Annual administration and progress report of the Indian Medical Department, Bombay
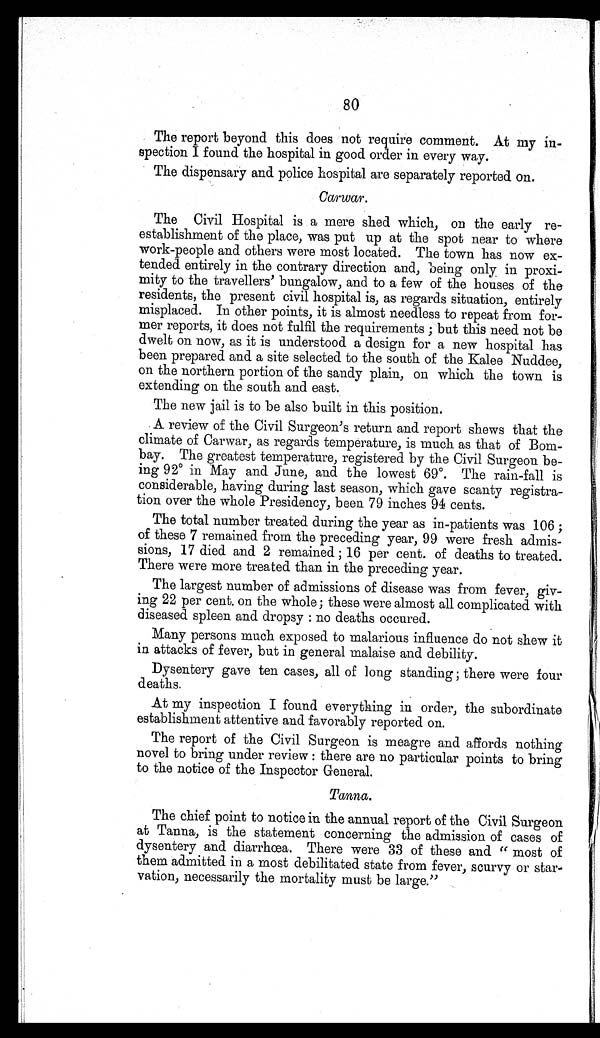
80
The report beyond this does not require comment. At my in-
spection I found the hospital in good order in every way.
The dispensary and police hospital are separately reported on.
Carwar.
The Civil Hospital is a mere shed which, on the early re-
establishment of the place, was put up at the spot near to where
work-people and others were most located. The town has now ex-
tended entirely in the contrary direction and, being only in proxi-
mity to the travellers' bungalow, and to a few of the houses of the
residents, the present civil hospital is, as regards situation, entirely
misplaced. In other points, it is almost needless to repeat from for-
mer reports, it does not fulfil the requirements ; but this need not be
dwelt on now, as it is understood a design for a new hospital has
been prepared and a site selected to the south of the Kalee Nuddee,
on the northern portion of the sandy plain, on which the town is
extending on the south and east.
The new jail is to be also built in this position.
A review of the Civil Surgeon's return and report shews that the
climate of Carwar, as regards temperature, is much as that of Bom-
bay. The greatest temperature, registered by the Civil Surgeon be-
ing 92º in May and June, and the lowest 69º. The rain-fall is
considerable, having during last season, which gave scanty registra-
tion over the whole Presidency, been 79 inches 94 cents.
The total number treated during the year as in-patients was 106 ;
of these 7 remained from the preceding year, 99 were fresh admis-
sions, 17 died and 2 remained ; 16 per cent. of deaths to treated.
There were more treated than in the preceding year.
The largest number of admissions of disease was from fever, giv-
ing 22 per cent. on the whole; these were almost all complicated with
diseased spleen and dropsy : no deaths occured.
Many persons much exposed to malarious influence do not shew it
in attacks of fever, but in general malaise and debility.
Dysentery gave ten cases, all of long standing ; there were four
deaths.
At my inspection I found everything in order, the subordinate
establishment attentive and favorably reported on.
The report of the Civil Surgeon is meagre and affords nothing
novel to bring under review : there are no particular points to bring
to the notice of the Inspector General.
Tanna.
The chief point to notice in the annual report of the Civil Surgeon
at Tanna, is the statement concerning the admission of cases of
dysentery and diarrhœa. There were 33 of these and " most of
them admitted in a most debilitated state from fever, scurvy or star-
vation, necessarily the mortality must be large."